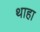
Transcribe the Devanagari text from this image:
थाहा